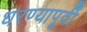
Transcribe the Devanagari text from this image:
धरण्यापूर्वी